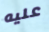
عليه